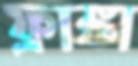
ফ্রাঙ্কা